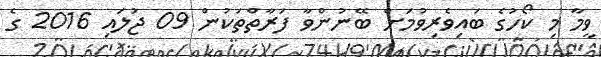
ވީމާ މި ކޯހުގެ ބައިވެރިވުމަށް ބޭނުންވާ ފަރާތްތަކުން 09 ޖުލައި 2016 ގެ